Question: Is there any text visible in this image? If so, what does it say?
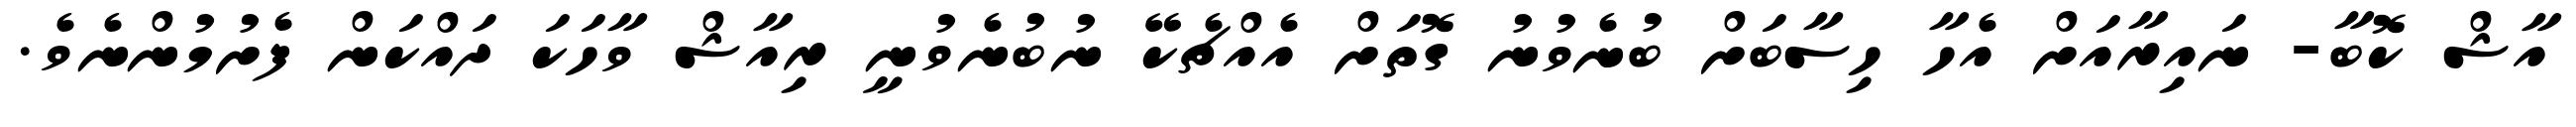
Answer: އާޝް ކޮބާ- ނައިރާއަށް އެހާ ހިސާބަށް ބުނެވުނު ގޮތަށް އެއްޗެކޭ ނުބުނެވުނީ ރިއާޝް ވާހަކަ ދައްކަން ފެށުމުންނެވެ.